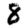
Digit: 8